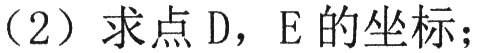
（2）求点 \(D\)，\(E\) 的坐标；